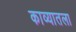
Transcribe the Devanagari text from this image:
काव्यातला